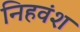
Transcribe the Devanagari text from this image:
निहवंश